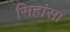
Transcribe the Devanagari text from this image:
सिहांसा